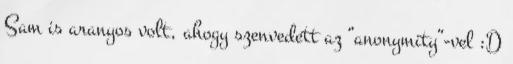
Sam is aranyos volt, ahogy szenvedett az “anonymity”-vel :D